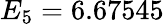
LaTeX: E_{5}=6.67545